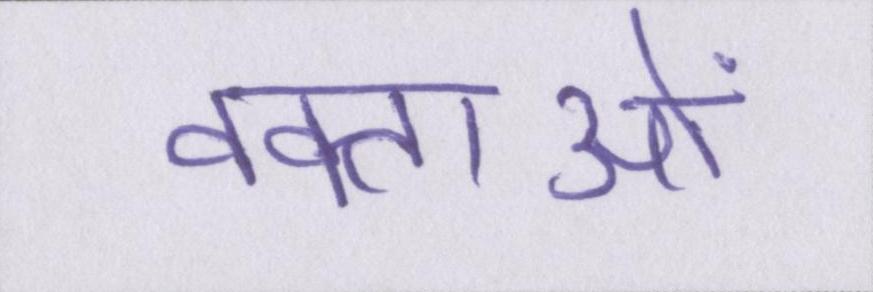
वक्ताओं